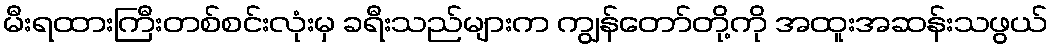
မီးရထားကြီးတစ်စင်းလုံးမှ ခရီးသည်များက ကျွန်တော်တို့ကို အထူးအဆန်းသဖွယ်